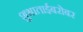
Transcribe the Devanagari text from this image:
शुभाताईबरोबर